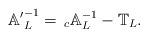
LaTeX: \begin{align*} \mathbb{A'}^{-1}_L =\,_{c}\mathbb{A}^{-1}_L-\mathbb{T}_L. \end{align*}